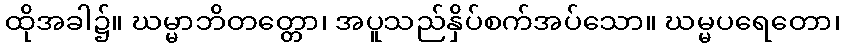
ထိုအခါ၌။ ဃမ္မာဘိတတ္တော၊ အပူသည်နှိပ်စက်အပ်သော။ ဃမ္မပရေတော၊